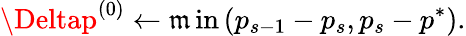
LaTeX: \Deltap^{(0)}\gets\operatorname*{\mathfrak{m}in}\left(p_{s-1}-p_{s},p_{s}-p^{*}\right).